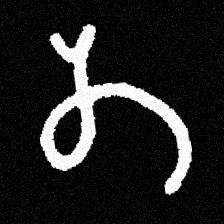
Pyu character \u2014 Myanmar letter: တ (romanized: ta)